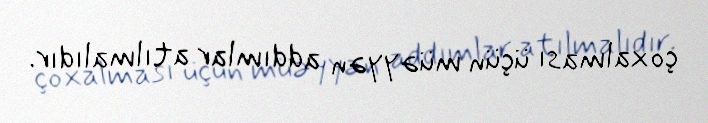
çoxalması üçün müəyyən addımlar atılmalıdır.